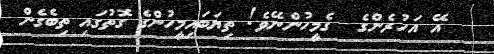
އޭ އަހުރެންގެ  ގެމީހުންނޭވެ! ތިޔަބައިމީހުންގެ ގޮތުގައި ތިބެގެން